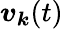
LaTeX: \boldsymbol v_{\boldsymbol k}(t)